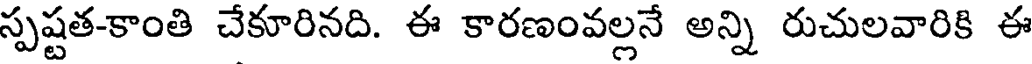
స్పష్టత-కాంతి చేకూరినది. ఈ కారణంవల్లనే అన్ని రుచులవారికి ఈ